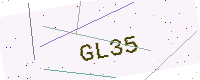
Text: GL35